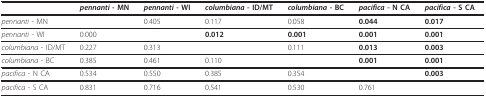
|  | pennanti - MN | pennanti - WI | columbiana - ID/MT | columbiana - BC | pacifica - N CA | pacifica - S CA |
 | --- | --- | --- | --- | --- | --- | --- |
 | pennanti - MN |  | 0.405 | 0.117 | 0.058 | 0.044 | 0.017 |
 | pennanti - WI | 0.000 |  | 0.012 | 0.001 | 0.001 | 0.001 |
 | columbiana - ID/MT | 0.227 | 0.313 |  | 0.111 | 0.013 | 0.003 |
 | columbiana - BC | 0.385 | 0.461 | 0.110 |  | 0.001 | 0.001 |
 | pacifica - N CA | 0.534 | 0.550 | 0.385 | 0.354 |  | 0.003 |
 | pacifica - S CA | 0.831 | 0.716 | 0.541 | 0.530 | 0.761 |  |